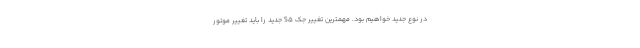
در نوع جدید خواهیم بود. مهمترین تغییر جک S5 جدید را باید تغییر موتور